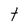
Character: t